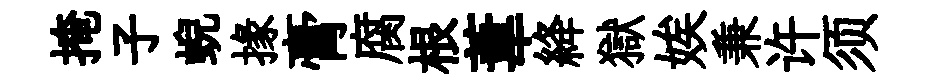
掩子蜺掾膏腐根葦絳獄娭兼许须